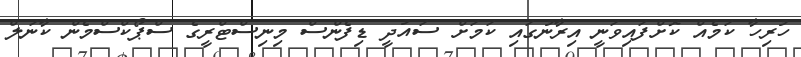
ހުރިހާ ކަމެެއް ކޮށްފައިވަނީ އިރާނުގައި ކަމަށް ސައުދީ ޑިފެންސް މިނިސްޓްރީގެ ސްޕޯކްސްމެން ކާނަލް